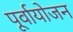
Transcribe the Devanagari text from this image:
पूर्वायोजन